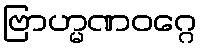
ဗြာဟ္မဏဝဂ္ဂေ